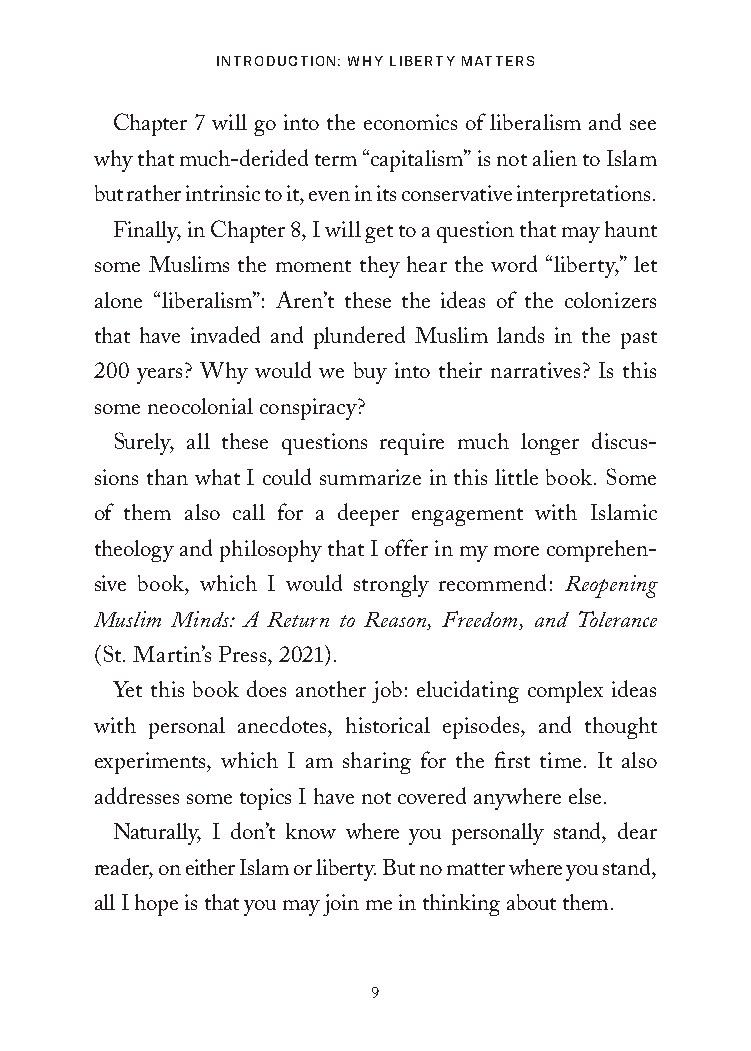
IntroductIon: Why LIberty Matters
 Chapter 7 will go into the economics of liberalism and see
 why that much-derided term “capitalism” is not alien to Islam
 but rather intrinsic to it, even in its conservative interpretations.
 Finally, in Chapter 8, I will get to a question that may haunt
 some Muslims the moment they hear the word “liberty,” let
 alone “liberalism”: Aren’t these the ideas of the colonizers
 that have invaded and plundered Muslim lands in the past
 200 years? Why would we buy into their narratives? Is this
 some neocolonial conspiracy?
 Surely, all these questions require much longer discus-
 sions than what I could summarize in this little book. Some
 of them also call for a deeper engagement with Islamic
 theology and philosophy that I offer in my more comprehen-
 sive book, which I would strongly recommend: Reopening
 Muslim Minds: A Return to Reason, Freedom, and Tolerance
 (St. Martin’s Press, 2021).
 Yet this book does another job: elucidating complex ideas
 with personal anecdotes, historical episodes, and thought
 experiments, which I am sharing for the first time. It also
 addresses some topics I have not covered anywhere else.
 Naturally, I don’t know where you personally stand, dear
 reader, on either Islam or liberty. But no matter where you stand,
 all I hope is that you may join me in thinking about them.
 9
 25320_Ch00_Introduction.indd 9          24/06/2021 8:14 AM